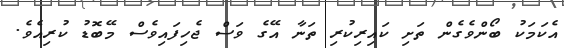
އެކަމަކު ބޯންވެގެން ތަށި ކައިރިކުރި ތަނާ އޭގެ ވަސް ޖެހިފައިވެސް މޭބޮޑު ކުރިއެވެ.